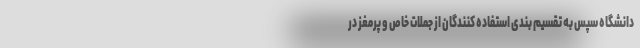
دانشگاه سپس به تقسیم بندی استفاده کنندگان از جملات خاص و پرمغز در